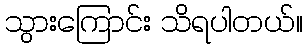
သွားကြောင်း သိရပါတယ်။